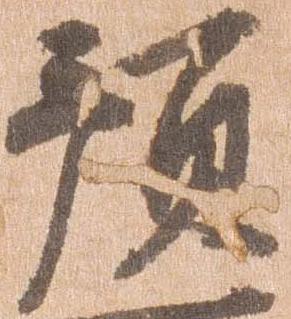
預